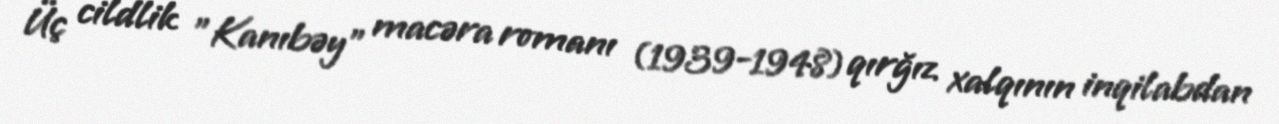
Üç cildlik "Kanıbəy" macəra romanı (1939-1948) qırğız xalqının inqilabdan